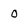
Character: O